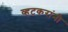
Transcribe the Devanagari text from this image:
व्हटकरांनी